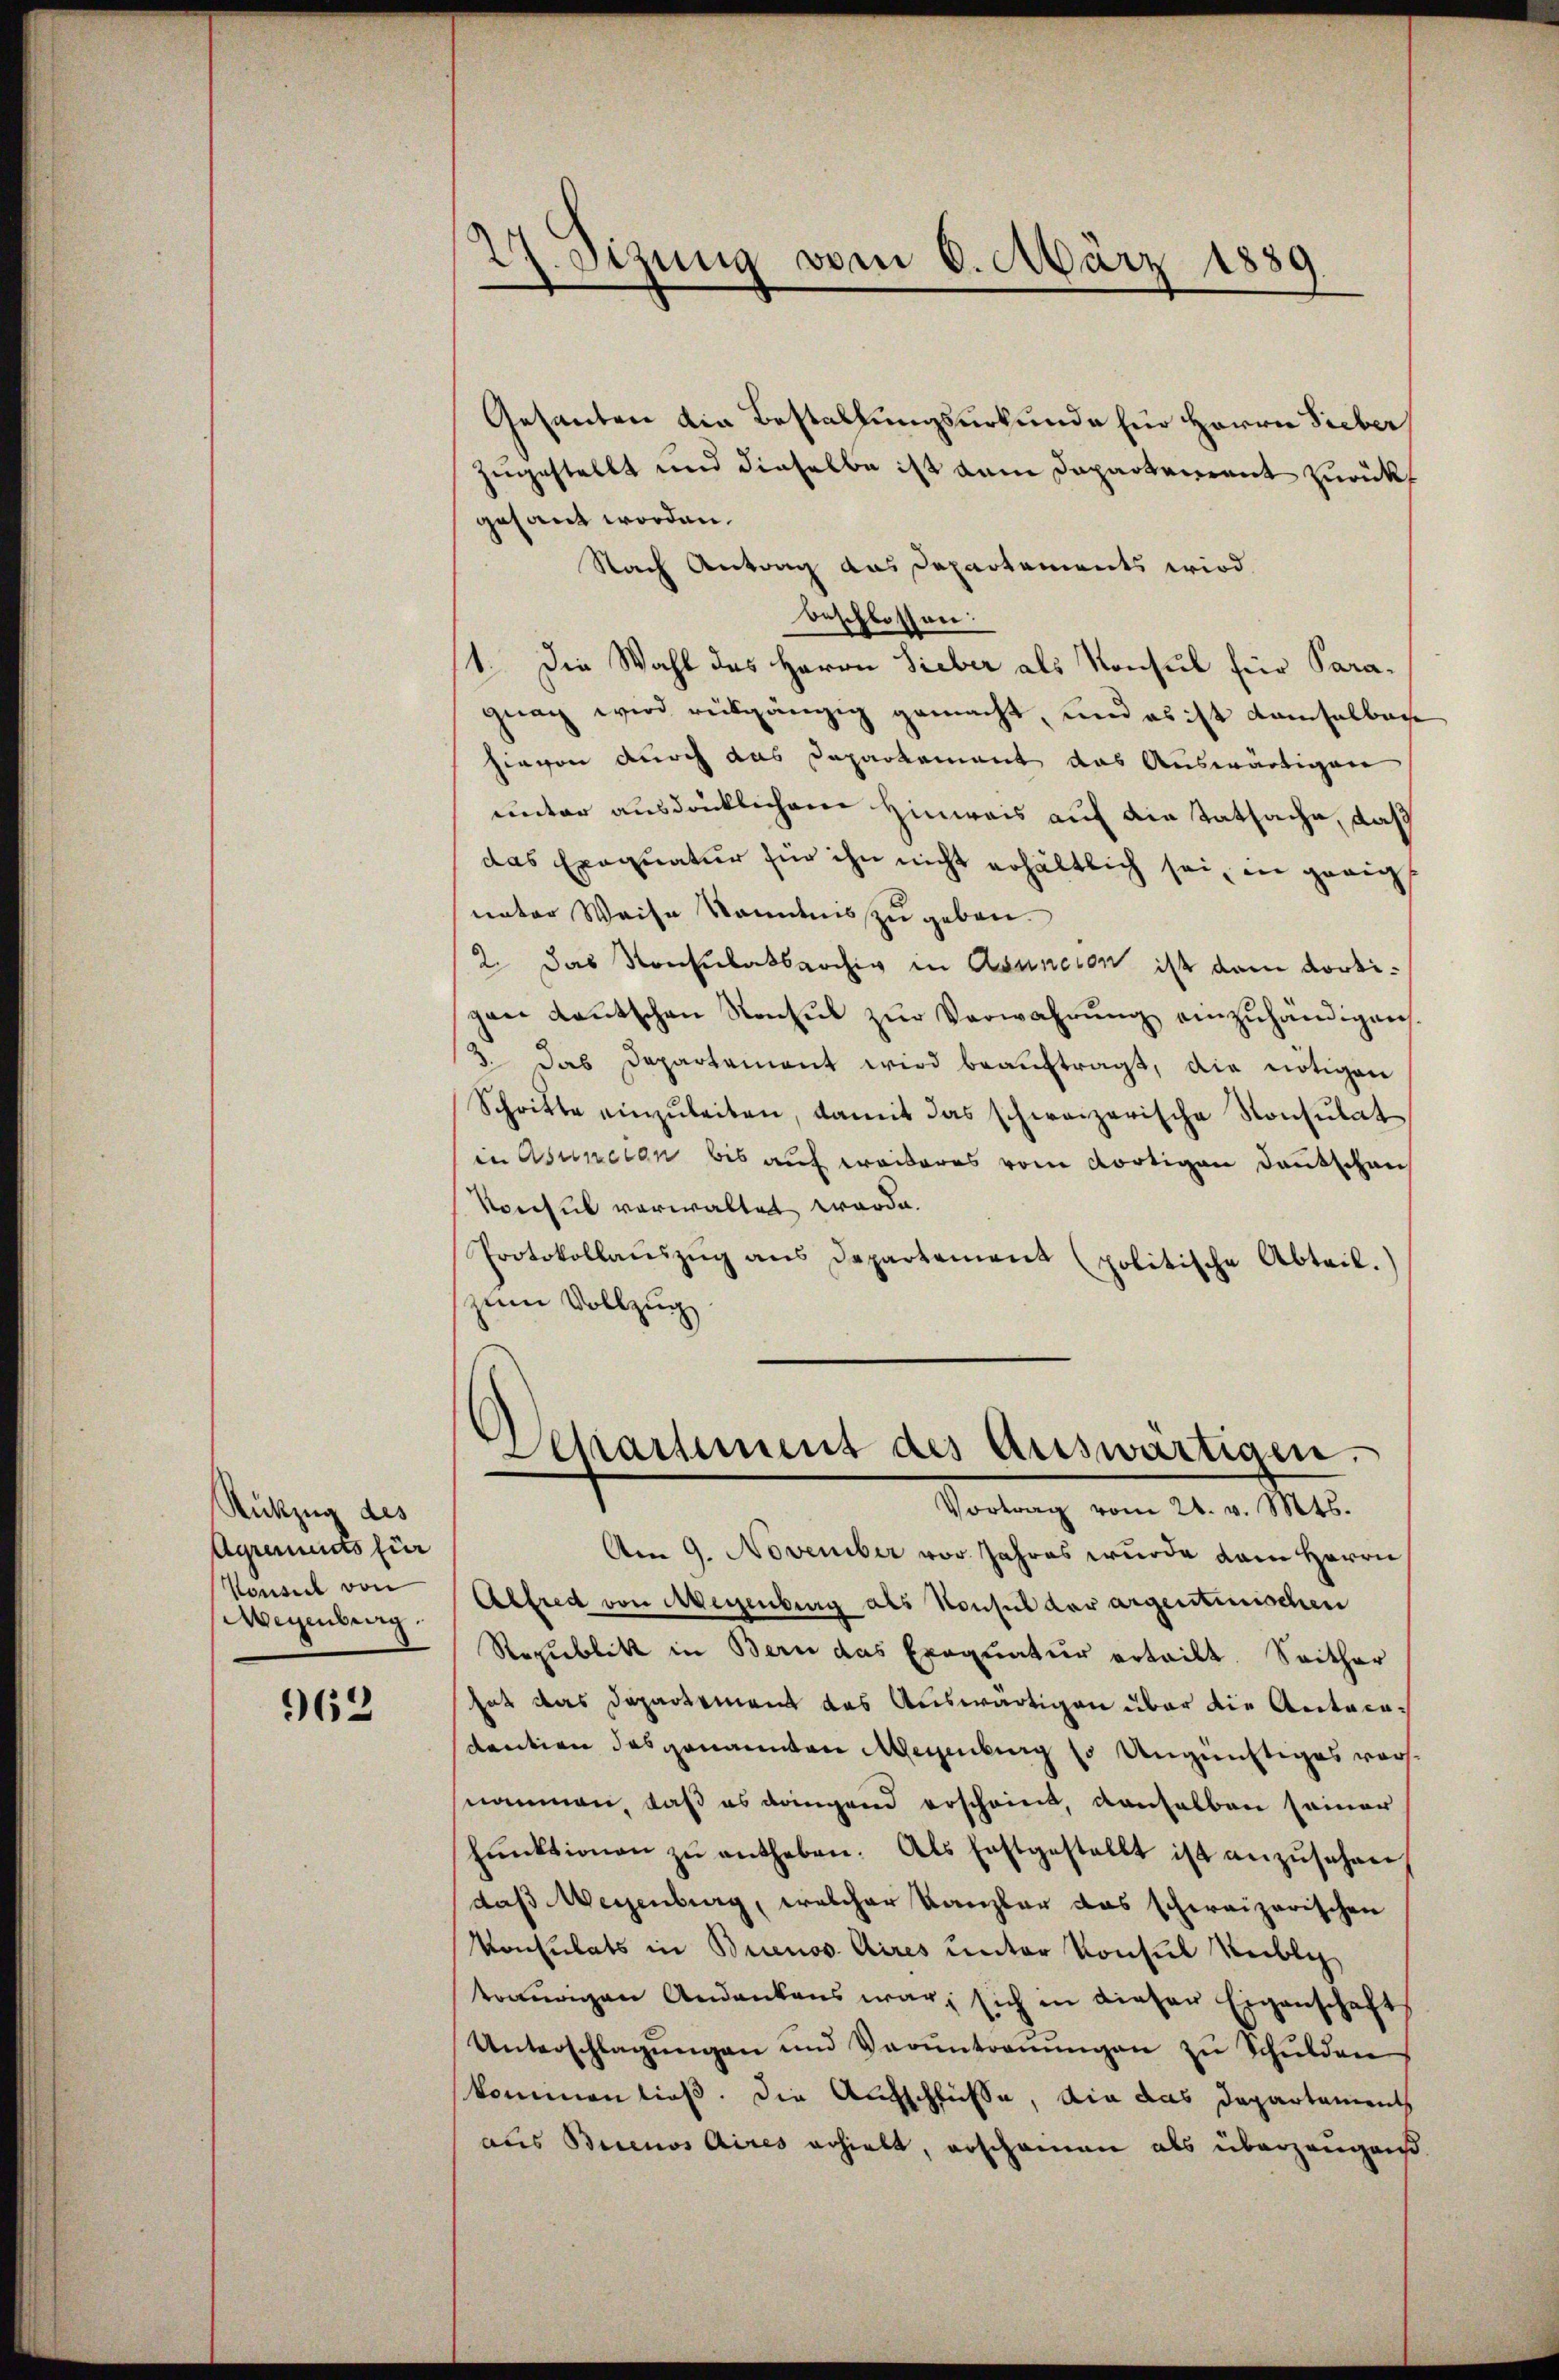
Rückzug des
Agrements für
Konseil von
Wegenberg.

962

27. Stzung vom 6. März 1889

Gesanten die Bestallungsurkunde für Herrn Sieber
zugestellt und dieselbe ist dem Departerrent zurückf
gesant worden.
Nach Antrag das Departements wird.
beschlossen:
1. Die Wahl des Herrn Lieber als Konsul für Paragnag wird reisgängig gemacht, und es ist damselbar
hievon durch das Departement das Auswärtigen
unter ausdrücklichem Hinweis auf die Tatsache, daß
das Exequatur für ihn nicht erhältlich sei, in gerig
unter Weise Kenntnis zu geben.
2. Das Konsulatsarchig in Asuncion ist dem dortigen Lautschen Konsul zur Verwahrung einzuhändigen
3. Das Departement wird beaŭftragt, die nötigen
Schritte einzŭbeiten, damit das schweizerische Konsulat
in Asuncten bis auch weiteres vom dortigen deutschen
Konsul verwaltet werde.
Protokollaŭszŭg ans Departement (politische Abteil.)
zum Vollzug
Separtement des Auswärtigen.
Vortrag vom 24. v. Mts.
Am 9. November vor Jahres wurde dem Herrn
Alfred von Aegenburg als Konsul der argentinischen
Republik in Bern das Exequatur erteilt. Seither
hat das Departement das Auswärtigen über die Antocadention das genannten Wegenburg so Ungünftiges vornommen, daß es dringend erscheint, denselben seiner
fŭnktionen zŭ entheben. Als festgestellt ist anzŭsehen
daß Weisenburg, welcher Kanzler das schweizerischen
Konsulats in Buenos Aires unter Konsul Reibli
tonungen Andankens war, sich in dieser Eigenschaft
Unterschlagungen und Verantreṅŭngen zu Schulden
kommen ließ. Die Aufschlüsse, die das Departement
aus Buenos Aires erhielt, erschainen als überzeugnis.